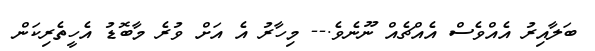
ބަލާއިރު އެއްވެސް އެއްޗެއް ނޫނެވެ.-- މިހާރު އެ އަށް ވުރެ މާބޮޑު އެހީތެރިކަން